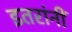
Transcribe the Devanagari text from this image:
इतरांनीं